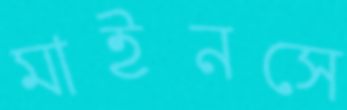
মাইনসে